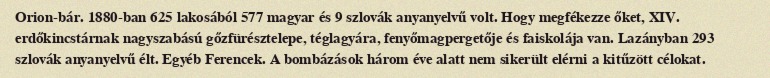
Orion-bár. 1880-ban 625 lakosából 577 magyar és 9 szlovák anyanyelvű volt. Hogy megfékezze őket, XIV. erdőkincstárnak nagyszabású gőzfürésztelepe, téglagyára, fenyőmagpergetője és faiskolája van. Lazányban 293 szlovák anyanyelvű élt. Egyéb Ferencek. A bombázások három éve alatt nem sikerült elérni a kitűzött célokat.